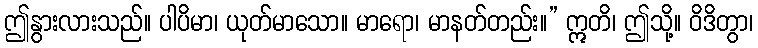
ဤနွားလားသည်။ ပါပိမာ၊ ယုတ်မာသော။ မာရော၊ မာနတ်တည်း။” ဣတိ၊ ဤသို့။ ဝိဒိတွာ၊